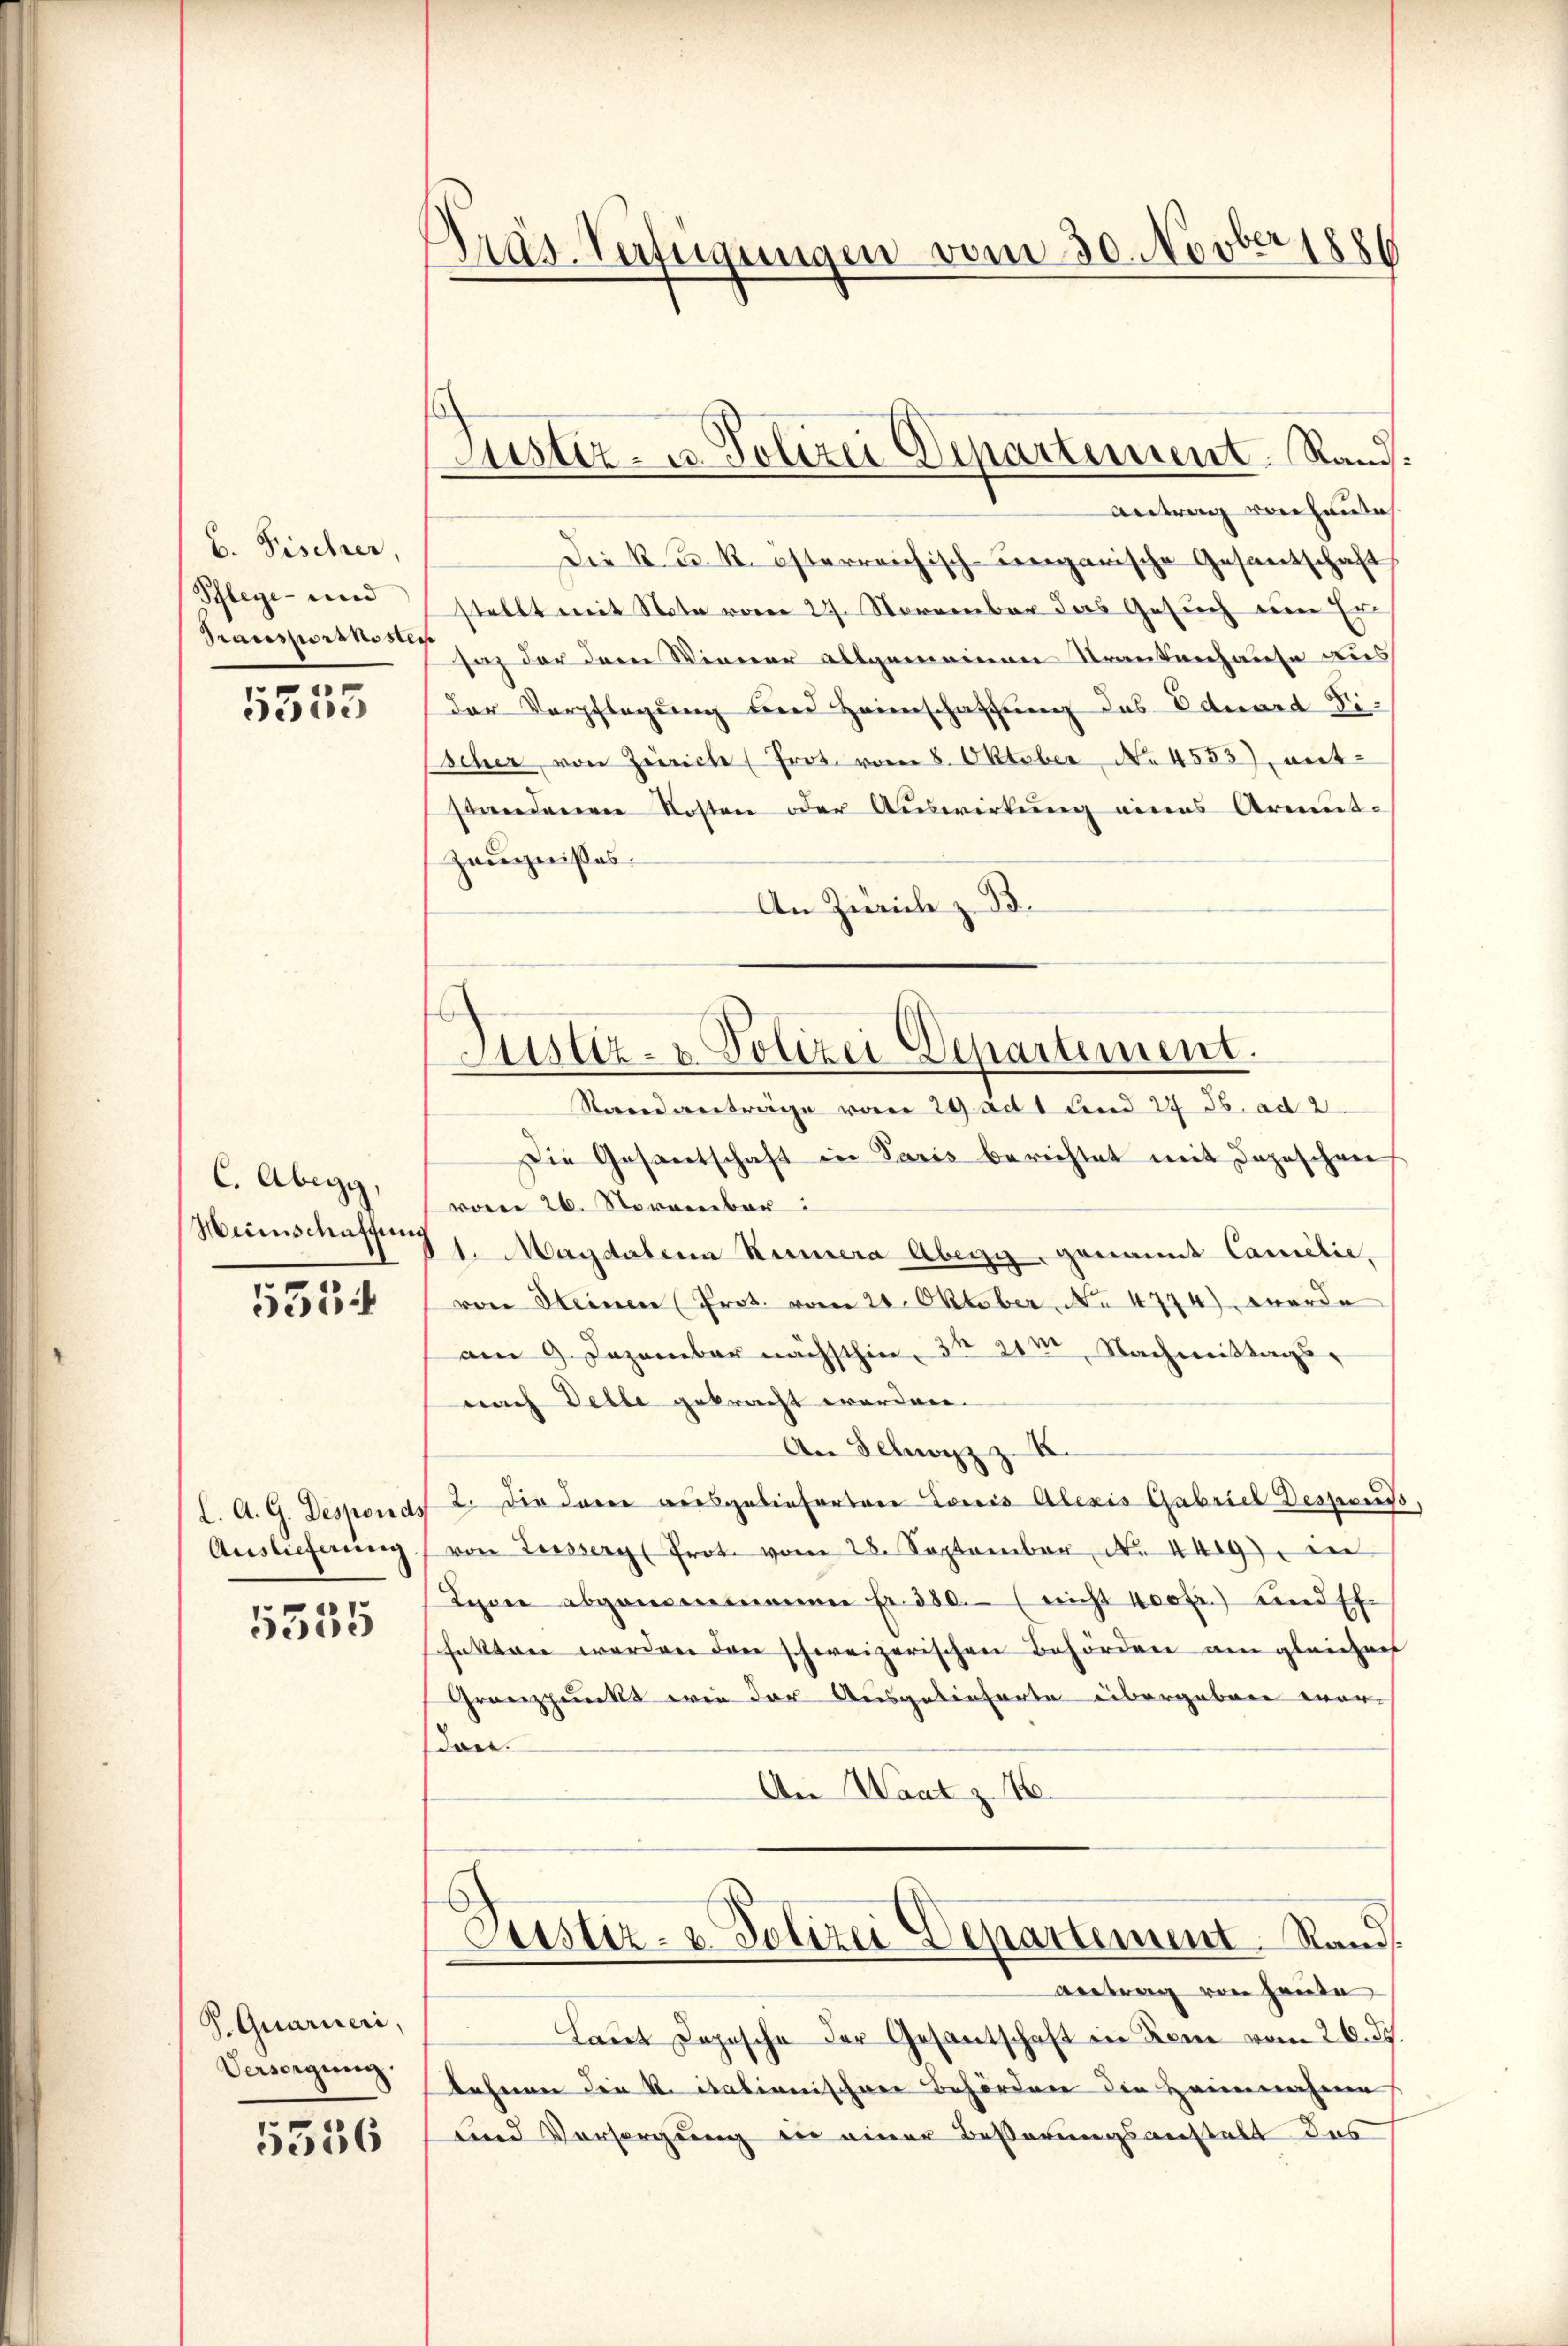
b. Fischer,
Schlege- und
Pransportkoster

u
5300

C. Abegg,
Mannschaffung

5554

l. A. G. Desponds
Auslieferung

5535

J. Quariieri,
Versorgung.

5556

Präs. Verfügungen vom 30. Novber 1886

Justiz- u. Polizei Departement. Rand.

Justiz- & Polizei Departement.

Antrag vorhandet.
Die K. u. k. österreichisch-Lengarische Gesantschaft
stellt mit Note vom 27. November das Gesuch eine Er
t
saz der dem Wiener allgemeinen Trankenhause aus
der Verpflegung und Heimschaffung des Eduard Fi¬
Escher von Zürich Prot. vom 8. Oktober No 4553), ant-
standenen Kosten oder Auswertung eines Armut-
Zeugnißes
An Zürich z. B.
Randantrage vom 29. Act 1 land 27 J. ad 2
Die Gesantschaft in Paris berichtet mit dazuschen
vom 26. November
1. Magdalena Kunera Abegg genannt Camilie,
von Steinen (Prot. vom 21. Oktober, No 4774) werde
am 9. Dezember nächsthin, 3 § 21m Nachmittags-
nach Delle gebracht worden.
An Schwyz z. B.
2. Die Inner reisgelieferten Loris Alexis Gabriel Despons
von Liesserg Prote vom 28. September No. 4419) in
Lyone abgenenmannen Fr. 350. (nicht 400 fr.) und ff.
fekten werden den schweizerischen Behörden am gleicher
Granzpunkt wie der Ausgelieferte übergeben wordon.
An Waatz. 16.
Justiz- & Polizei Departement. Rands
Antrag von heute
Laut Depesche der Gesantschaft in Rem vom 26. ds.
lehnen die K. italienischen Behörden die Heimrahme
und Vorsorgung der einer Besserungsanstalt des